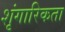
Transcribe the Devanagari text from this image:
शृंगारिकता